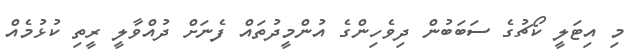
މި އިޓަލީ ކޯޗުގެ ސަބަބުން ދިވެހިންގެ އުންމީދުތައް ފެނަށް ދުއްވާލީ ރީތި ކުޅުމެއް